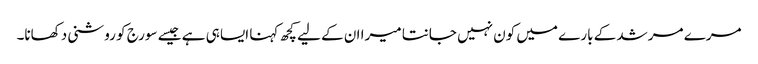
مرے مرشد کے بارے میں کون نہیں جانتا میرا ان کے لیے کچھ کہنا ایسا ہی ہے جیسے سورج کو روشنی دکھانا۔